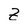
Character: Z